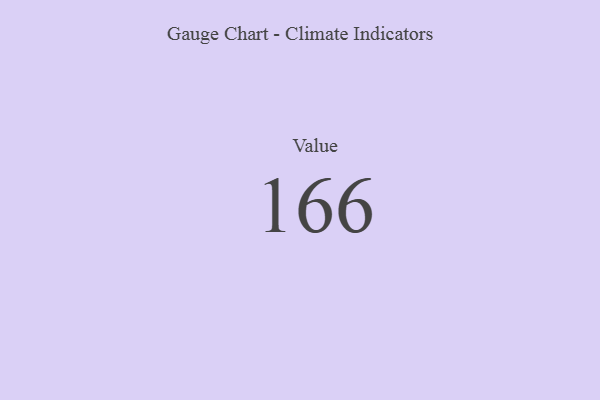
{"axis": {"x": "Metric", "y": "Value"}, "legend": [""], "data": [{"x": "Value", "y": 166, "type": ""}]}